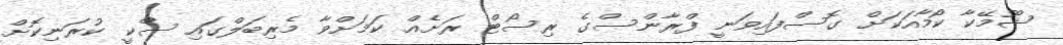
ޝޫމޭކާ ކޯމާއަކަށް ގޮސްފައިވަނީ ފްރާންސްގެ ރިސޯޓް ރަށެއް ކަމަށްވާ މެރިބަލްގައި ސްކީ ކުރަނިކޮށް